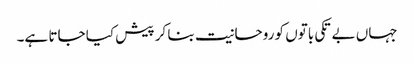
جہاں بے تکی باتوں کو روحانیت بنا کر پیش کیا جاتا ہے۔